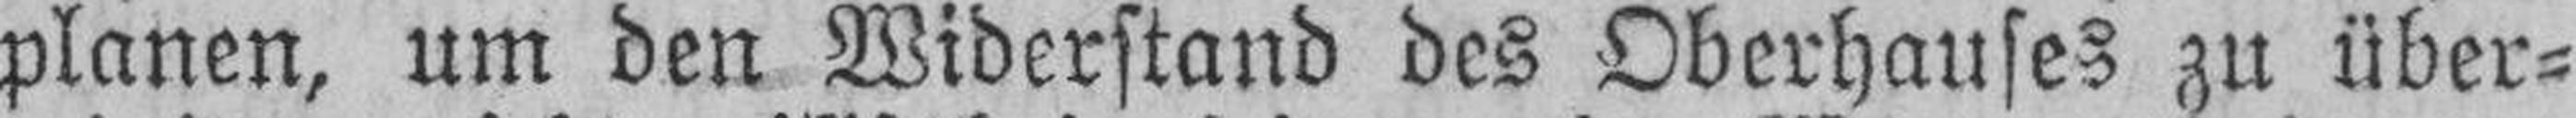
planen, um den Widerstand des Oberhauses zu über¬